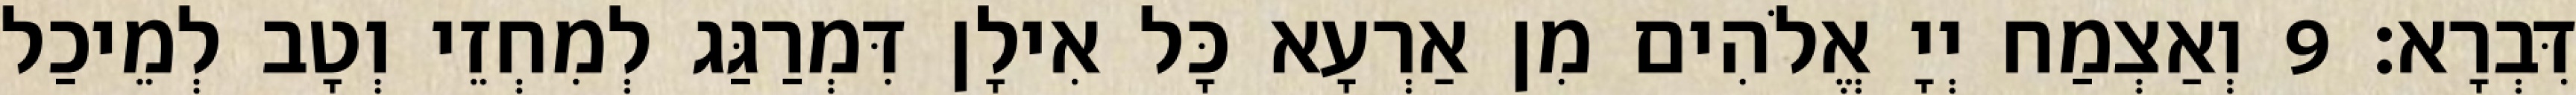
דִּבְרָא׃ 9 וְאַצְמַח יְיָ אֱלֹהִים מִן אַרְעָא כָּל אִילָן דִּמְרַגַּג לְמִחְזֵי וְטָב לְמֵיכַל